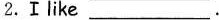
2. Ⅰlike ___.